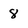
Character: 8